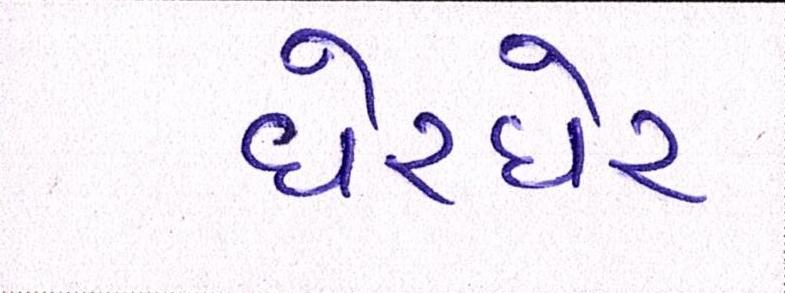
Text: ઘેરઘેર